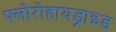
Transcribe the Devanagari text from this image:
फ्लोरोहायड्राइड